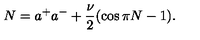
N = a ^ { + } a ^ { - } + \frac { \nu } { 2 } ( \cos \pi N - 1 ) .